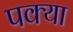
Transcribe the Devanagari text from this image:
पक्या